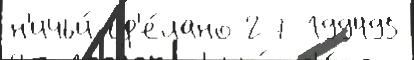
н'ичьи́ сд'е́лано 27 199495